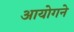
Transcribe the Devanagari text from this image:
आयोगने